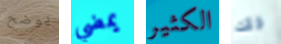
يوضح يمضي الكثير ذلك